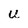
Character: U